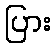
ပြား